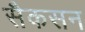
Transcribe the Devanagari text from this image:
सैकसन